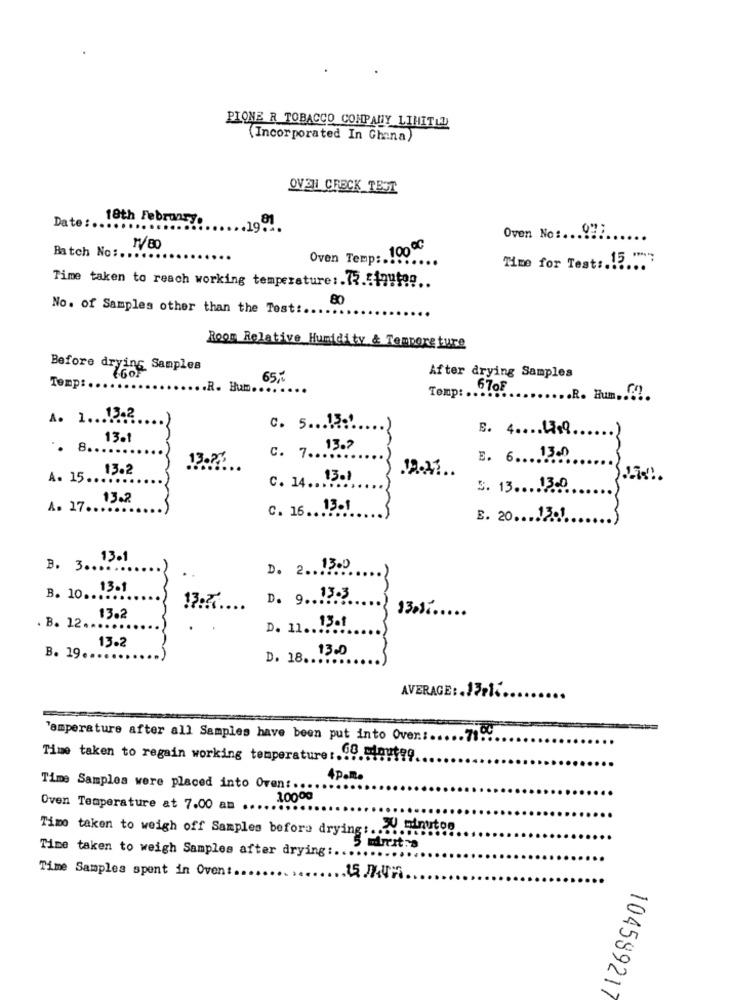
PIONE R TOBACCO COMPANY LIMITED
(Incorporated In Ghana)
OVEH CRECK TEST
Date :.
18th February.
... 1951
Oven No :... 937
Batch No :.
1/80
Oven Temp :. 100ºC
Time for Test :. 15 ";
Time taken to reach working temperature :. 75.fiqutop ..
80
No. of Samples other than the Test :..
Room Relative Humidity & Tempore ture
Before dryin
25 Samples
65 ,-
After drying Samples
Temps.
... R. Bum .... ....
Temp:
67OF
.. R. Hum ......
A. 1 ..... 3.2
C. 5 ... 13-1
E. 4 .... 43$9
13.1
.. 8 ...
C. 7 .. 13.2
-
13:27
E. 6. 1300
13.2
12-21
A. 15 ...
C. 14. 1301
3. 13 .... 13-0
13.2
A. 17 ...
C. 16 .. 13.1
E. 20 .... 1201.
13.1
B. 3 .....
D. 2 .. 13.0
0. 13.1
B. 10 ..
13.77
D. 9 .. 12:3
33.17
13.2
D. 11. 13of
. B. 12 ...
13.2
D. 18. 13.0
B. 19 ....
AVERAGE :. 13.1 ..
"amperature after all Samples have been put into Over .:..... 719.
Time taken to regain working temperature :. 99.5touteq
4 pollo
Time Samples were placed into Oven :...
10000
Oven Temperature at 7.00 am .....
Timo taken to weigh off Samples before drying :.....
JU minutos
Time taken to weigh Samples after drying :...
Time Samples spent in Ovent.
104589217